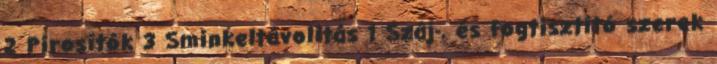
2 Pirosítók 3 Sminkeltávolítás 1 Száj-, és fogtisztító szerek